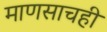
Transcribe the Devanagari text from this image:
माणसाचही